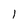
Character: 1